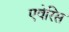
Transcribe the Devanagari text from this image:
एवेरिस